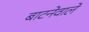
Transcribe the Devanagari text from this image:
बाटनेवाले